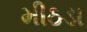
મીઠડા